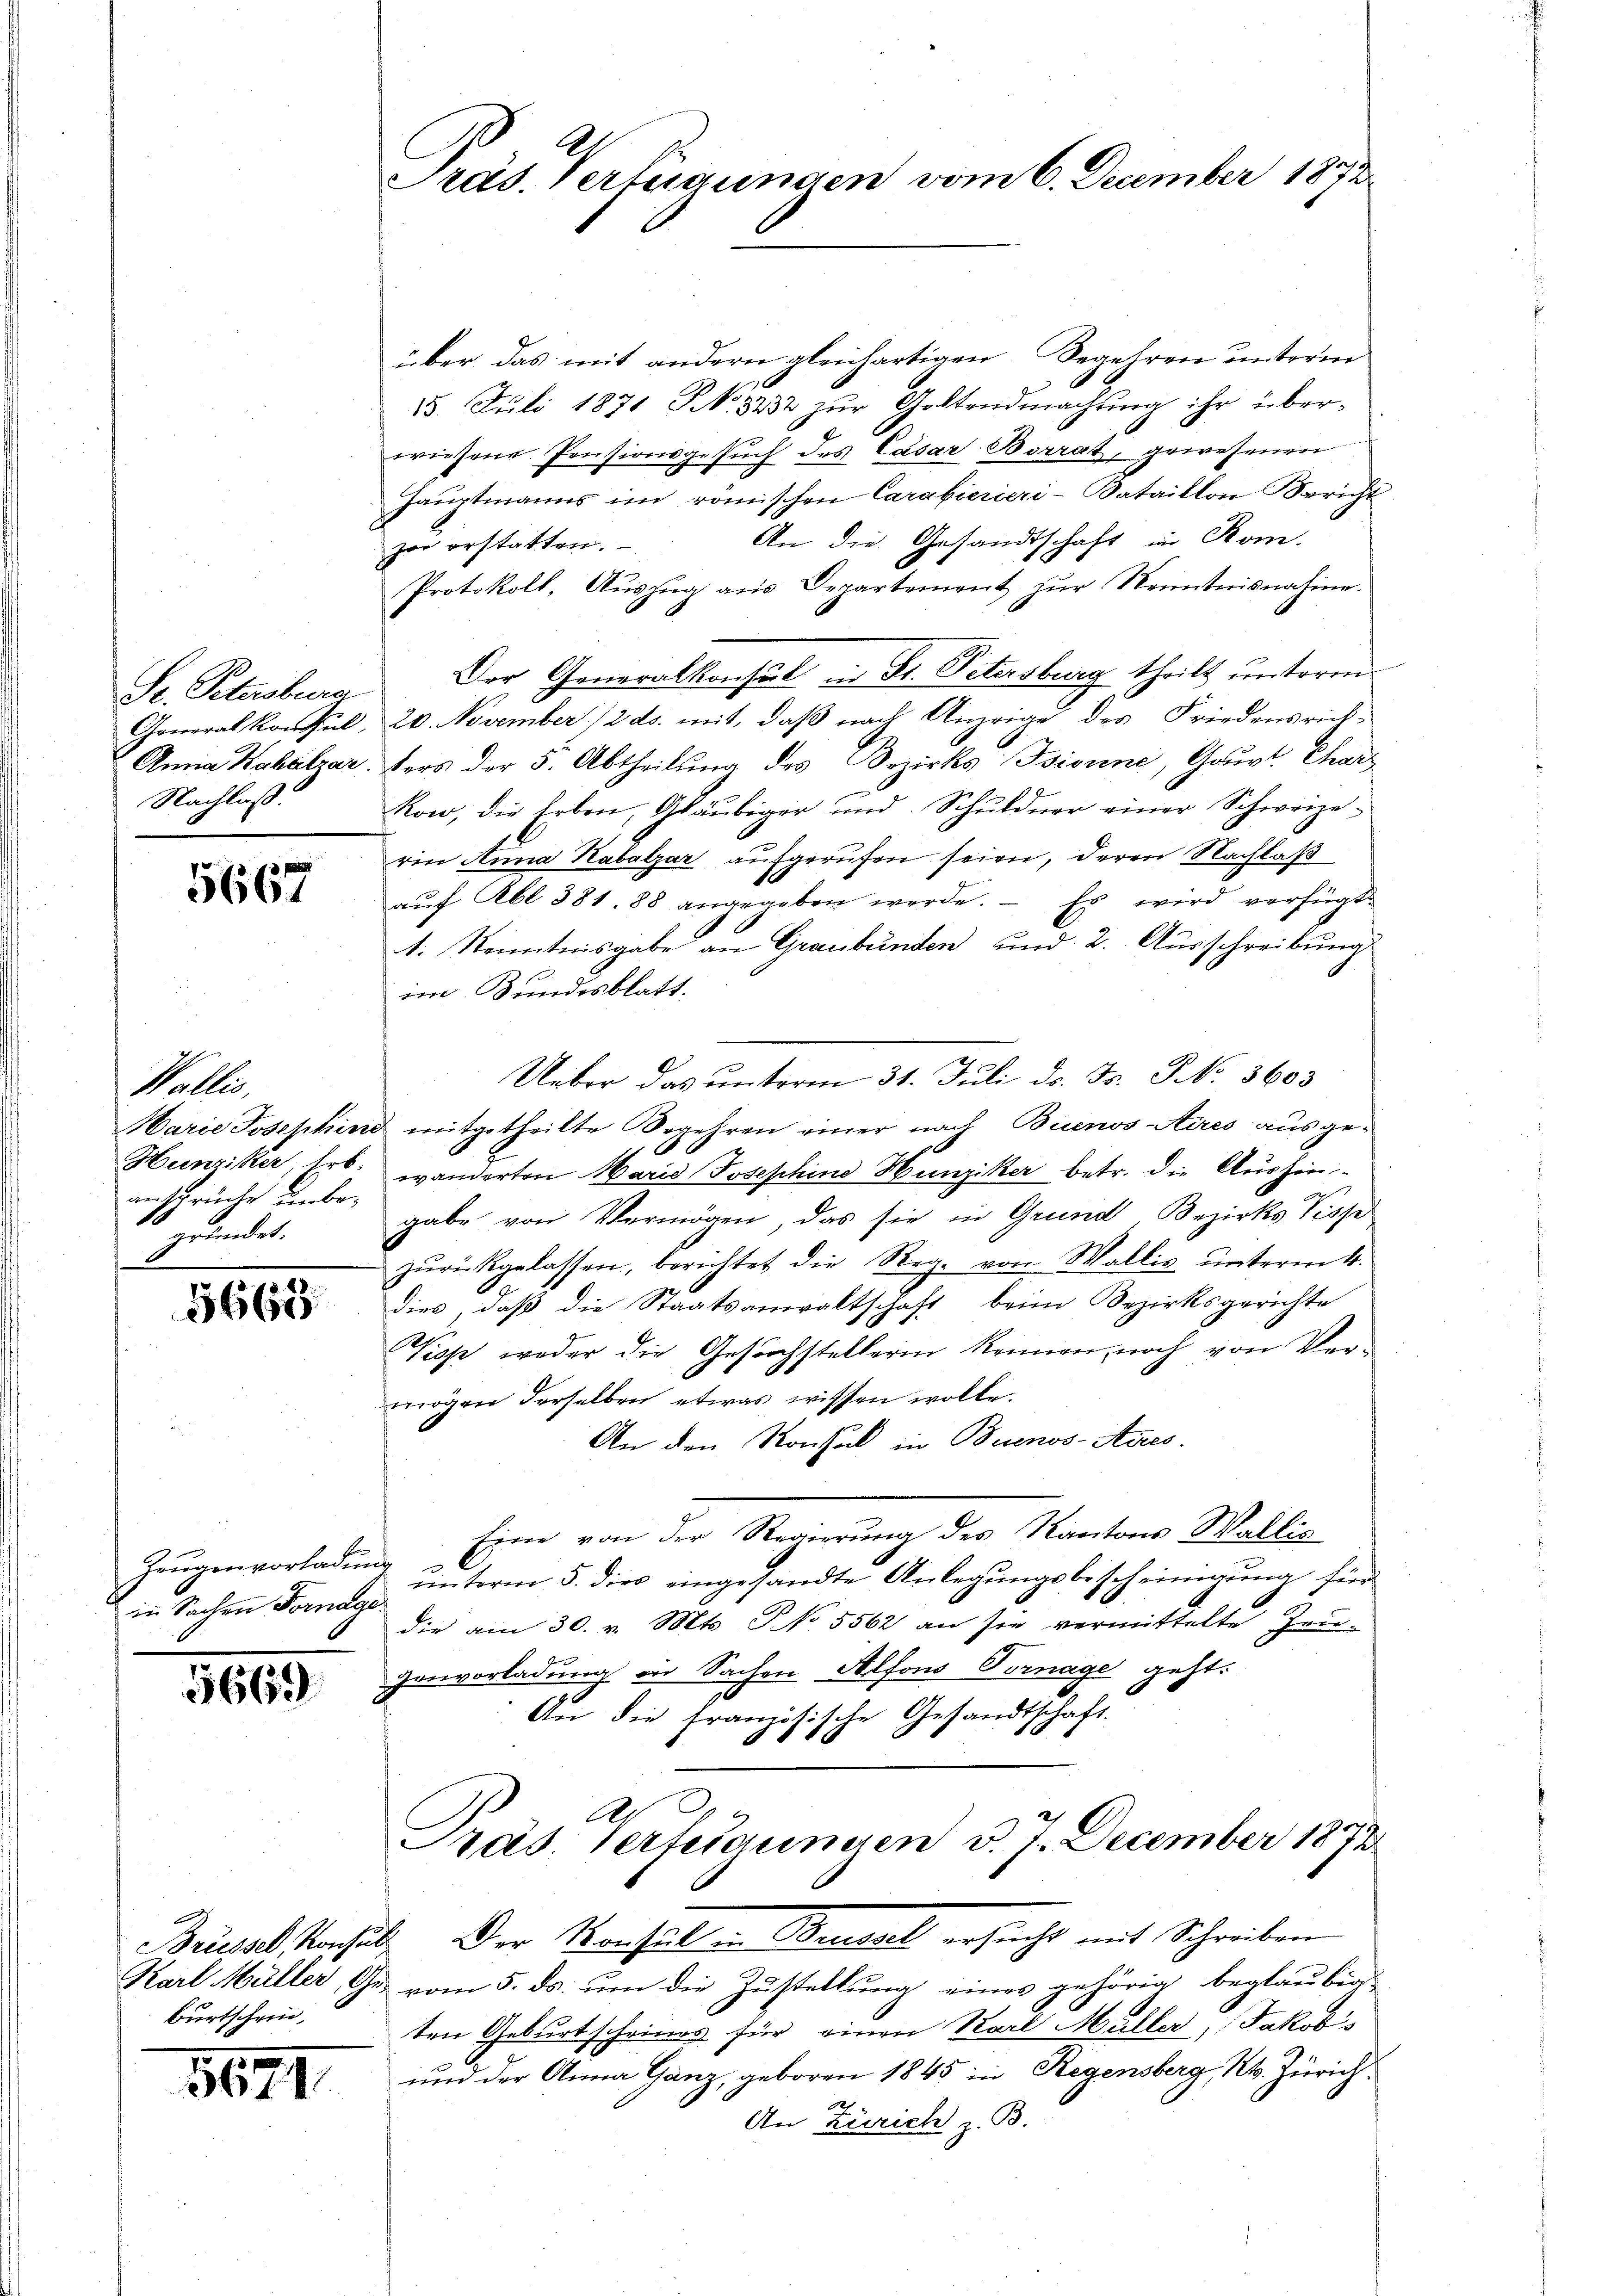
St. Petersbura
Generalkonsul,
Anna Kabalzar
Nachlaß.

5667

Wallis,
Marie Josephin
Hunziker, Erb.
ansprüche unbegründet.

10
5660

Zeugen vorladen
in Sachen Fornay

5669

burtschein,

5671.

Präs. Verfügungen vom 6. December 1873

über das mit andern gleichartigen Begehren unterm
15. Juli 1871 NNo. 8832 zŭr Goltendmachung ihr über-
wiesene Pensionsgesuch des Cäsar Borrat, gewesenen
Hauptmanns im römischen Carabierieri-Bataillon Bericht
An die Gesandtschaft im Rom.
zer erstatten.
Protokoll, Aŭszŭg aŭs Departement zŭr Kenntnisnahme.
Der Generalkonsul in St. Petersburg theilt unteren
20. November 1/2 ds. mit, daß nach Anzeige des Friedensrichters der 5. Abtheilŭng des Bezirks Bsiviene, Gouv. Char
Kon, die Erben, Gläubiger und Schuldner einer Schweizerin Anna Kabalzar aufgerufen seien, deren Nachlaß
aŭf Rbl. 381. 88 angegeben werde. Es wird verfügt
t. Kenntnisgabe an Graubünden und 2. Ausschreibung
im Bundesblatt.
Ueber das unterm 31. Juli dr. Fr. NNo. 3603
d mitgetheilte Begehren einer nach Buenos-Aires ausgewänderten Maria Josephine Hunziker betr. die Aushingabe von Vermögen, das sie in Grund Bezirks Wisse
zŭrückgelassen, berichtet die Reg. von Wallis ŭnterm 4.
dies, daß die Staatsanwaltschaft beim Bezirksgerichte
Piop weder die Gesuchstellerin kennen, noch von Vermögen derselben etwas wissen wolle.
An den Konsul in Buenos-Ayres.
Eine von der Regierung des Kantons Wallis
& unterm 5. dies eingesandte Anlegungsbescheinigung für
die am 30. v. Mts. No 5562 an sie vermittelte Zeu-
genvorladung in Sachen Alfons Vornage geht.
An die französische Gesandtschaft.
Präs. Verfeigungen d. J. December 1872
Brösel konsuls. Der Konsul in Brusel ersucht mit Schreiben
Karl Müller, Ges. vom 5. ds. um die Zustellung eines gehörig beglaubig
ten Geburtscheines für einen Karl Müller, Jakobs
und der Anna Ganz, geboren 1845 in Regensberg, Kt. Zürich
M
An Zürich z. B.